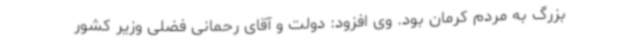
بزرگ به مردم کرمان بود. وی افزود: دولت و آقای رحمانی فضلی وزیر کشور